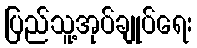
ပြည်သူ့အုပ်ချုပ်ရေး